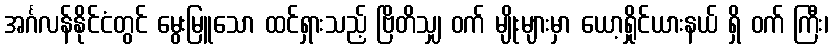
အင်္ဂလန်နိုင်ငံတွင် မွေးမြူသော ထင်ရှားသည့် ဗြိတိသျှ ဝက် မျိုးများမှာ ယော့ရှိုင်ယားနယ် ရှိ ဝက် ကြီး၊